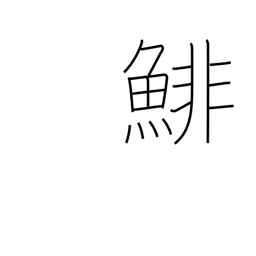
Meaning: herring